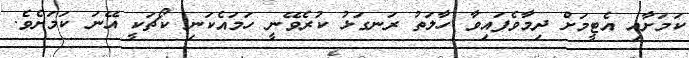
ކަމަށާއި އެޓީމަށް ދިމާވެފައިވާ ހާލަތު ރަނގަޅު ކުރެވޭނީ ހަމައެކަނި ކޯޗަކީ އޭނަ ކަމަށެވެ.